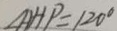
\angle A H P = 1 2 0 ^ { \circ }